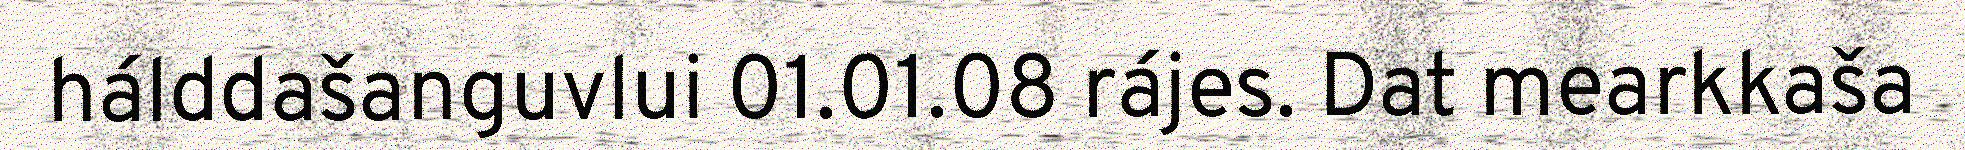
hálddašanguvlui 01.01.08 rájes. Dat mearkkaša